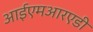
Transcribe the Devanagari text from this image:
आईएमआरएडी